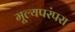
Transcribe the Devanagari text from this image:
मूल्यपरंपरा